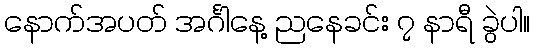
နောက်အပတ် အင်္ဂါနေ့ ညနေခင်း ၇ နာရီ ခွဲပါ။